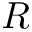
R